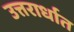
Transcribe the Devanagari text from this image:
उत्तरार्धात